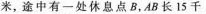
米，途中有一处休息点B，AB长15千